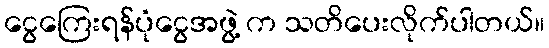
ငွေကြေးရန်ပုံငွေအဖွဲ့ က သတိပေးလိုက်ပါတယ်။